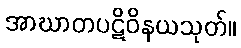
အာဃာတပဋိဝိနယသုတ်။